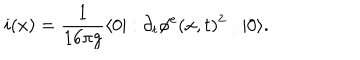
i ( x ) = \frac { 1 } { 1 6 \pi g } \langle 0 | : \partial _ { t } \phi ^ { e } ( x , t ) ^ { 2 } : | 0 \rangle .